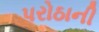
પરોઠાની